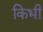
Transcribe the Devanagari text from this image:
किभी